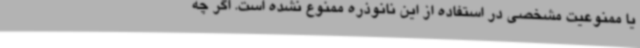
یا ممنوعیت مشخصی در استفاده از این نانوذره ممنوع نشده است. اگر چه